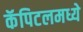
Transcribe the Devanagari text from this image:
कॅपिटलमध्ये